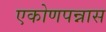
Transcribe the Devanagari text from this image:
एकोणपन्नास